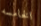
الخامسه